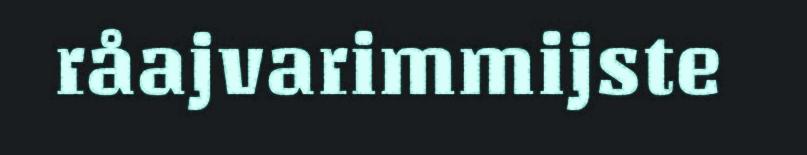
råajvarimmijste